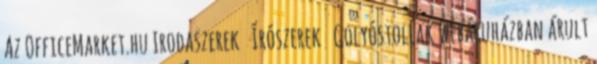
Az OfficeMarket.hu Irodaszerek Írószerek Golyóstollak webáruházban árult